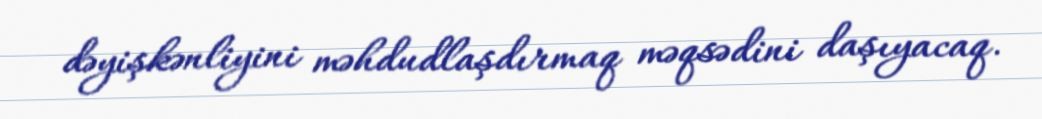
dəyişkənliyini məhdudlaşdırmaq məqsədini daşıyacaq.